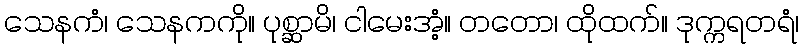
သေနကံ၊ သေနကကို။ ပုစ္ဆာမိ၊ ငါမေးအံ့။ တတော၊ ထိုထက်။ ဒုက္ကရတရံ၊